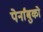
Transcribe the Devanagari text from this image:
पेर्नांबुको